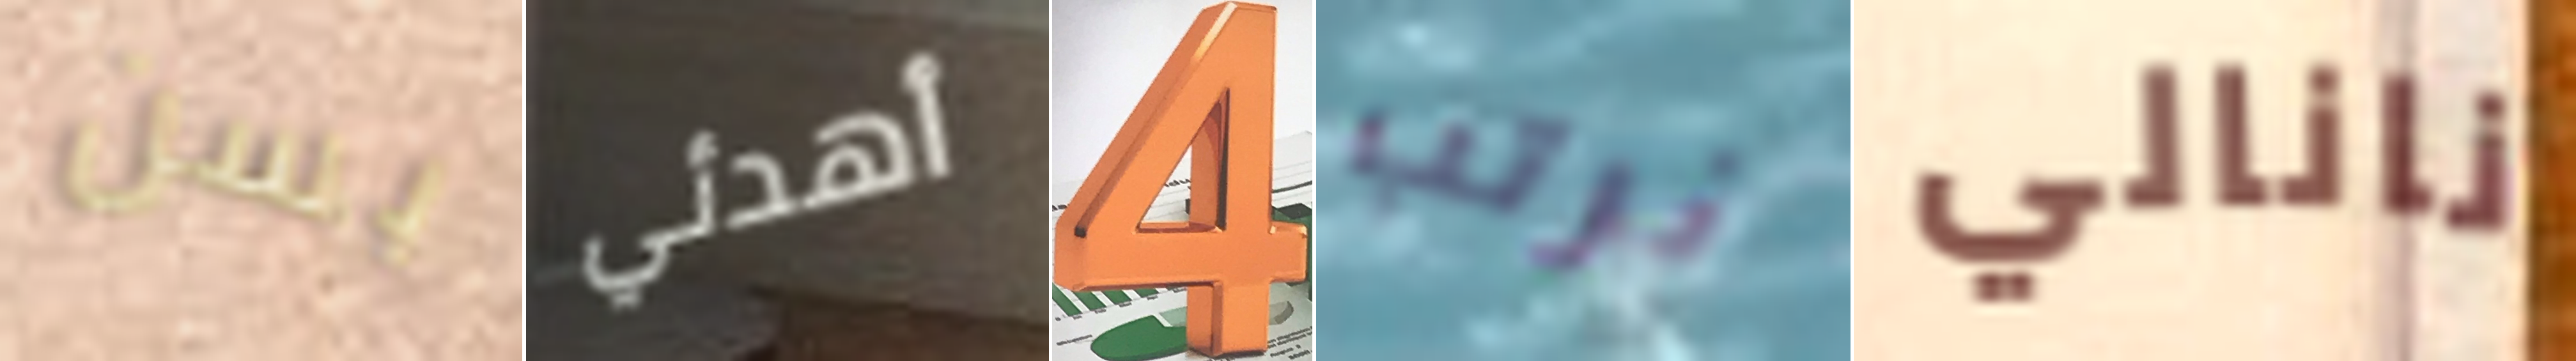
بسن أهدئي 4 نرتب نانالي